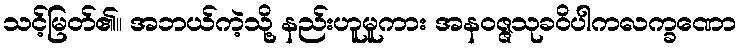
သင့်မြတ်၏။ အဘယ်ကဲ့သို့ နည်းဟူမူကား အနဝဇ္ဇသုခဝိပါကလက္ခဏော